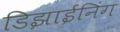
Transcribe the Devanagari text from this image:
डिझाईनिंग